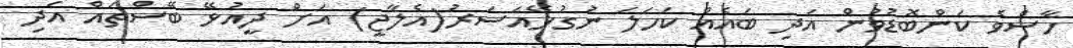
ހާސްވެ ކަންބޮޑުވުން އަދި ބައެއް ކަހަލަ ނުގުޅޭއަސަރު(އެލާޖީ) އަށް ދީއުޅޭ ބޭސްތައް އަދި